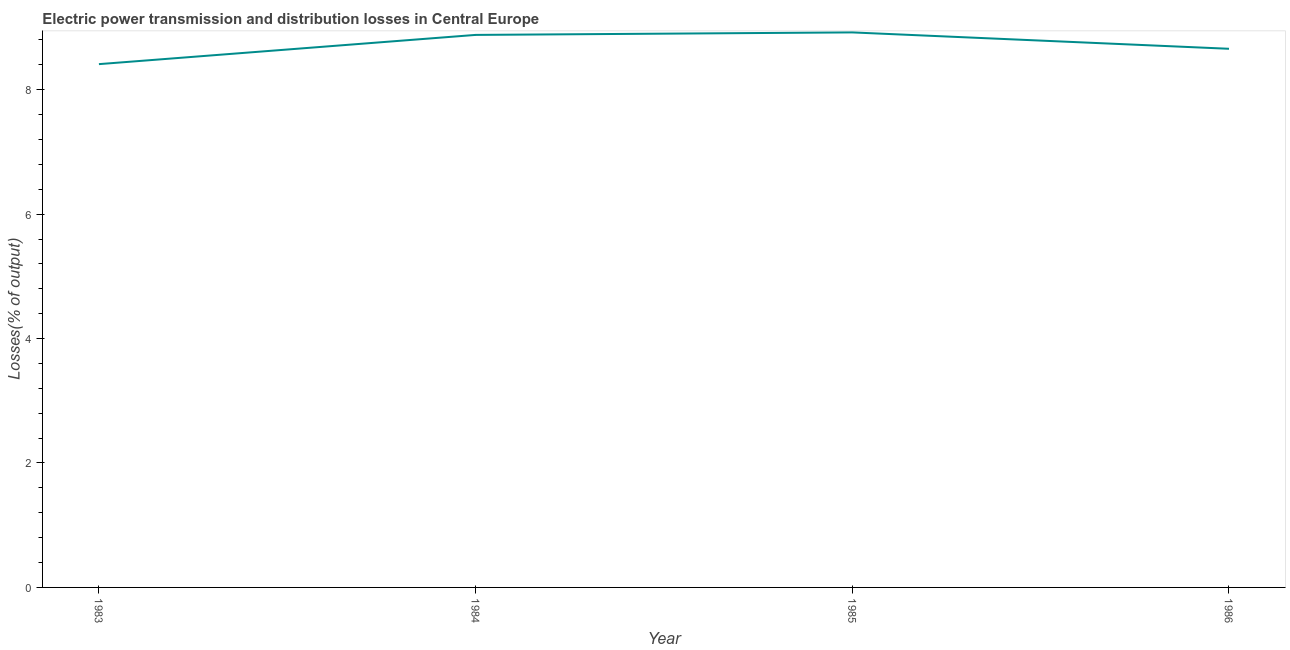
| Year | Electric power transmission and distribution losses |
 | --- | --- |
 | 1983 | 8.41 |
 | 1984 | 8.88 |
 | 1985 | 8.92 |
 | 1986 | 8.66 |